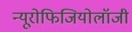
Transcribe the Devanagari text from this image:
न्यूरोफिजियोलॉजी